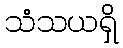
သံသယရှိ